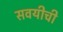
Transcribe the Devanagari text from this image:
सवयीची